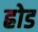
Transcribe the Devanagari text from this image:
ह्रोड